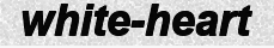
white-heart